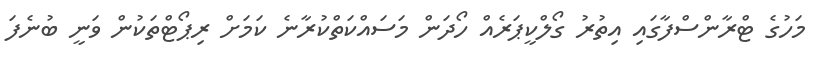
މަހުގެ ޓްރާންސްފާގައި އިތުރު ގޯލްކީޕަރެއް ހޯދަން މަސައްކަތްކުރާނެ ކަމަށް ރިޕޯޓްތަކުން ވަނީ ބުނެފަ